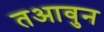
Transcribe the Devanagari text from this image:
तआवुन